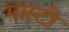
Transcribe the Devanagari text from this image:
मास्टी